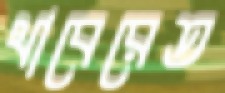
থাবেরেত